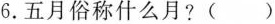
6. 五月俗称什么月？ ()